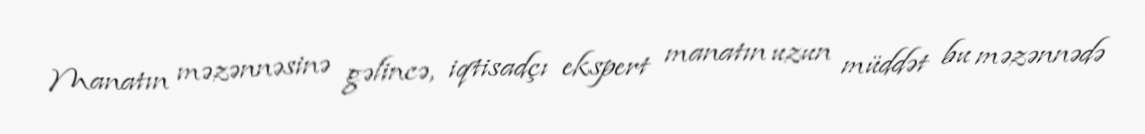
Manatın məzənnəsinə gəlincə, iqtisadçı ekspert manatın uzun müddət bu məzənnədə